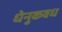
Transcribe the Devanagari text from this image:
धेनुकवध